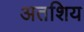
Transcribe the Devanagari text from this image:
अतशिय